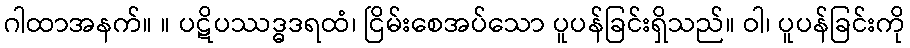
ဂါထာအနက်။ ။ ပဋိပဿဒ္ဓဒရထံ၊ ငြိမ်းစေအပ်သော ပူပန်ခြင်းရှိသည်။ ဝါ၊ ပူပန်ခြင်းကို